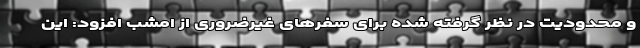
و محدودیت در نظر گرفته شده برای سفرهای غیرضروری از امشب افزود: این